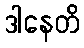
ဒါနေတိ